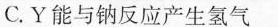
C.Y能与钠反应产生氢气